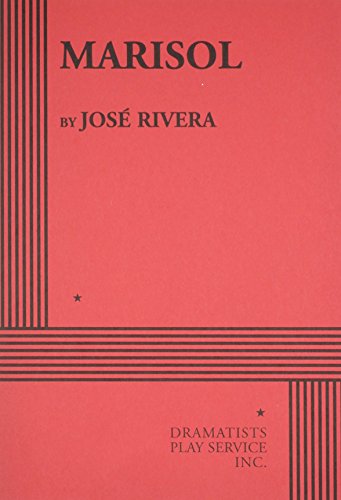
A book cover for Marisol - Acting Edition; Jose Rivera; Literature & Fiction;